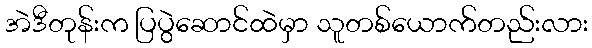
အဲဒီတုန်းက ပြပွဲဆောင်ထဲမှာ သူတစ်ယောက်တည်းလား